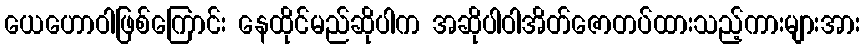
ယေဟောဝါဖြစ်ကြောင်း နေထိုင်မည်ဆိုပါက အဆိုပါဝါအိတ်ဇောတပ်ထားသည့်ကားများအား